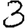
Digit: 3